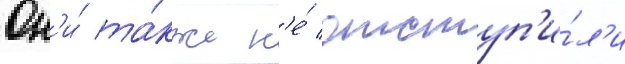
Он'и́ та́кже н'е́ отступ'и́л'и